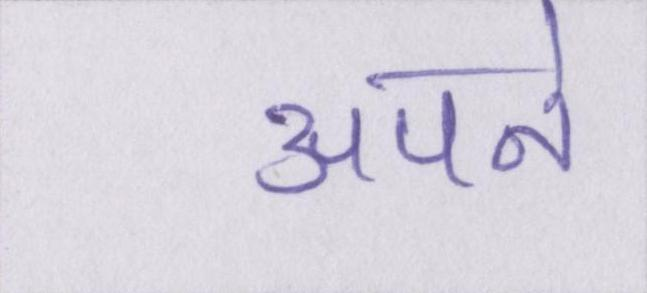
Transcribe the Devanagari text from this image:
अपने